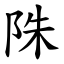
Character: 陎